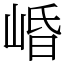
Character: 崏